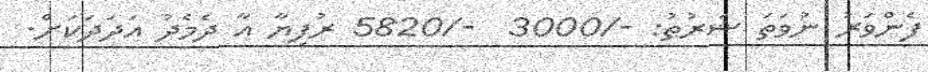
ފެންވަރު ނުވަތަ ޝަރުޠު: -/3000  -/5820 ރުފިޔާ އާ ދެމެދު އަދަދަކަށް.